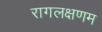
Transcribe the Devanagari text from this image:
रागलक्षणम